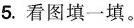
5.看图填一填。